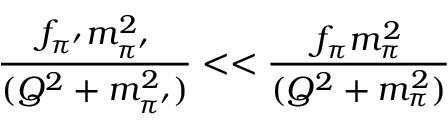
\frac { f _ { \pi ^ { \prime } } m _ { \pi ^ { \prime } } ^ { 2 } } { ( Q ^ { 2 } + m _ { \pi ^ { \prime } } ^ { 2 } ) } < < \frac { f _ { \pi } m _ { \pi } ^ { 2 } } { ( Q ^ { 2 } + m _ { \pi } ^ { 2 } ) }